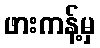
ဖားကန့်မှ